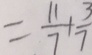
= \frac { 1 1 } { 7 } + \frac { 3 } { 7 }